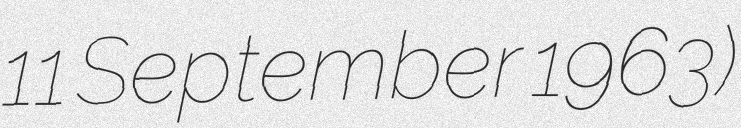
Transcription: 11 September 1963)